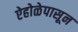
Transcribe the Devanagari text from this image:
ऐहोळेपासून